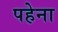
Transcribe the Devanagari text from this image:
पहेना